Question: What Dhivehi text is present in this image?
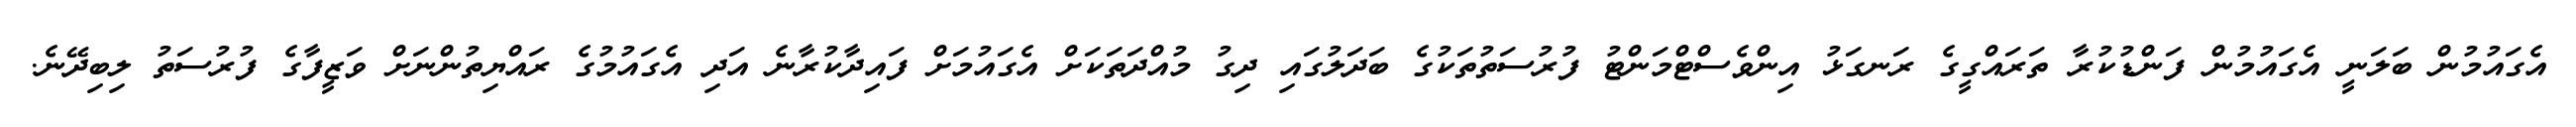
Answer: އެގައުމުން ބަލަނީ އެގައުމުން ފަންޑުކުރާ ތަރައްގީގެ ރަނގަޅު އިންވެސްޓްމަންޓު ފުރުސަތުތަކުގެ ބަދަލުގައި ދިގު މުއްދަތަކަށް އެގައުމަށް ފައިދާކުރާނެ އަދި އެގައުމުގެ ރައްޔިތުންނަށް ވަޒީފާގެ ފުރުސަތު ލިބިދޭނެ.